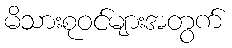
မိသားစုဝင်များအတွက်